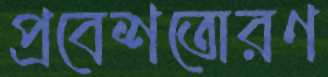
প্রবেশতোরণ